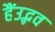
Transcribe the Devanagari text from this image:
हैंउद्भव